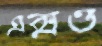
এক্সও